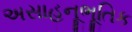
અસાહનૂભૂતિક